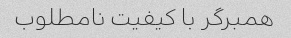
همبرگر با کیفیت نامطلوب